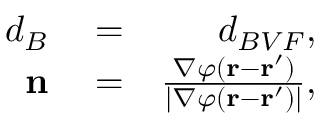
\begin{array} { r l r } { d _ { B } } & { { } = } & { d _ { B V F } , } \\ { \mathbf { n } } & { { } = } & { \frac { \nabla \varphi ( \mathbf { r } - \mathbf { r } ^ { \prime } ) } { | \nabla \varphi ( \mathbf { r } - \mathbf { r } ^ { \prime } ) | } , } \end{array}